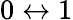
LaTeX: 0\leftrightarrow 1